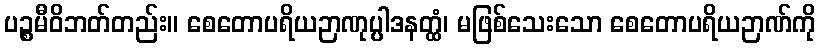
ပဉ္စမီဝိဘတ်တည်း။ စေတောပရိယဉာဏုပ္ပါဒနတ္ထံ၊ မဖြစ်သေးသော စေတောပရိယဉာဏ်ကို